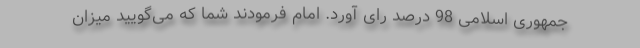
جمهوری اسلامی 98 درصد رای آورد. امام فرمودند شما که می‌گویید میزان